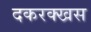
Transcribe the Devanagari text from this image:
दकरक्खस